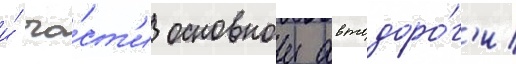
и́ ча́ст'и основнои автодоро́г'и